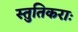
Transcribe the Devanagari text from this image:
स्तुतिकराः